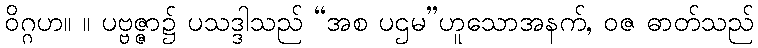
ဝိဂ္ဂဟ။ ။ ပဗ္ဗဇ္ဇာ၌ ပသဒ္ဒါသည် “အစ ပဌမ”ဟူသောအနက်, ဝဇ ဓာတ်သည်